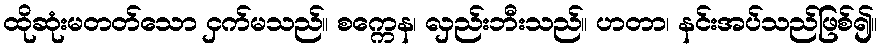
ထိုဆုံးမတတ်သော ငှက်မသည်။ စက္ကေန၊ လှည်းဘီးသည်။ ဟတာ၊ နင်းအပ်သည်ဖြစ်၍။